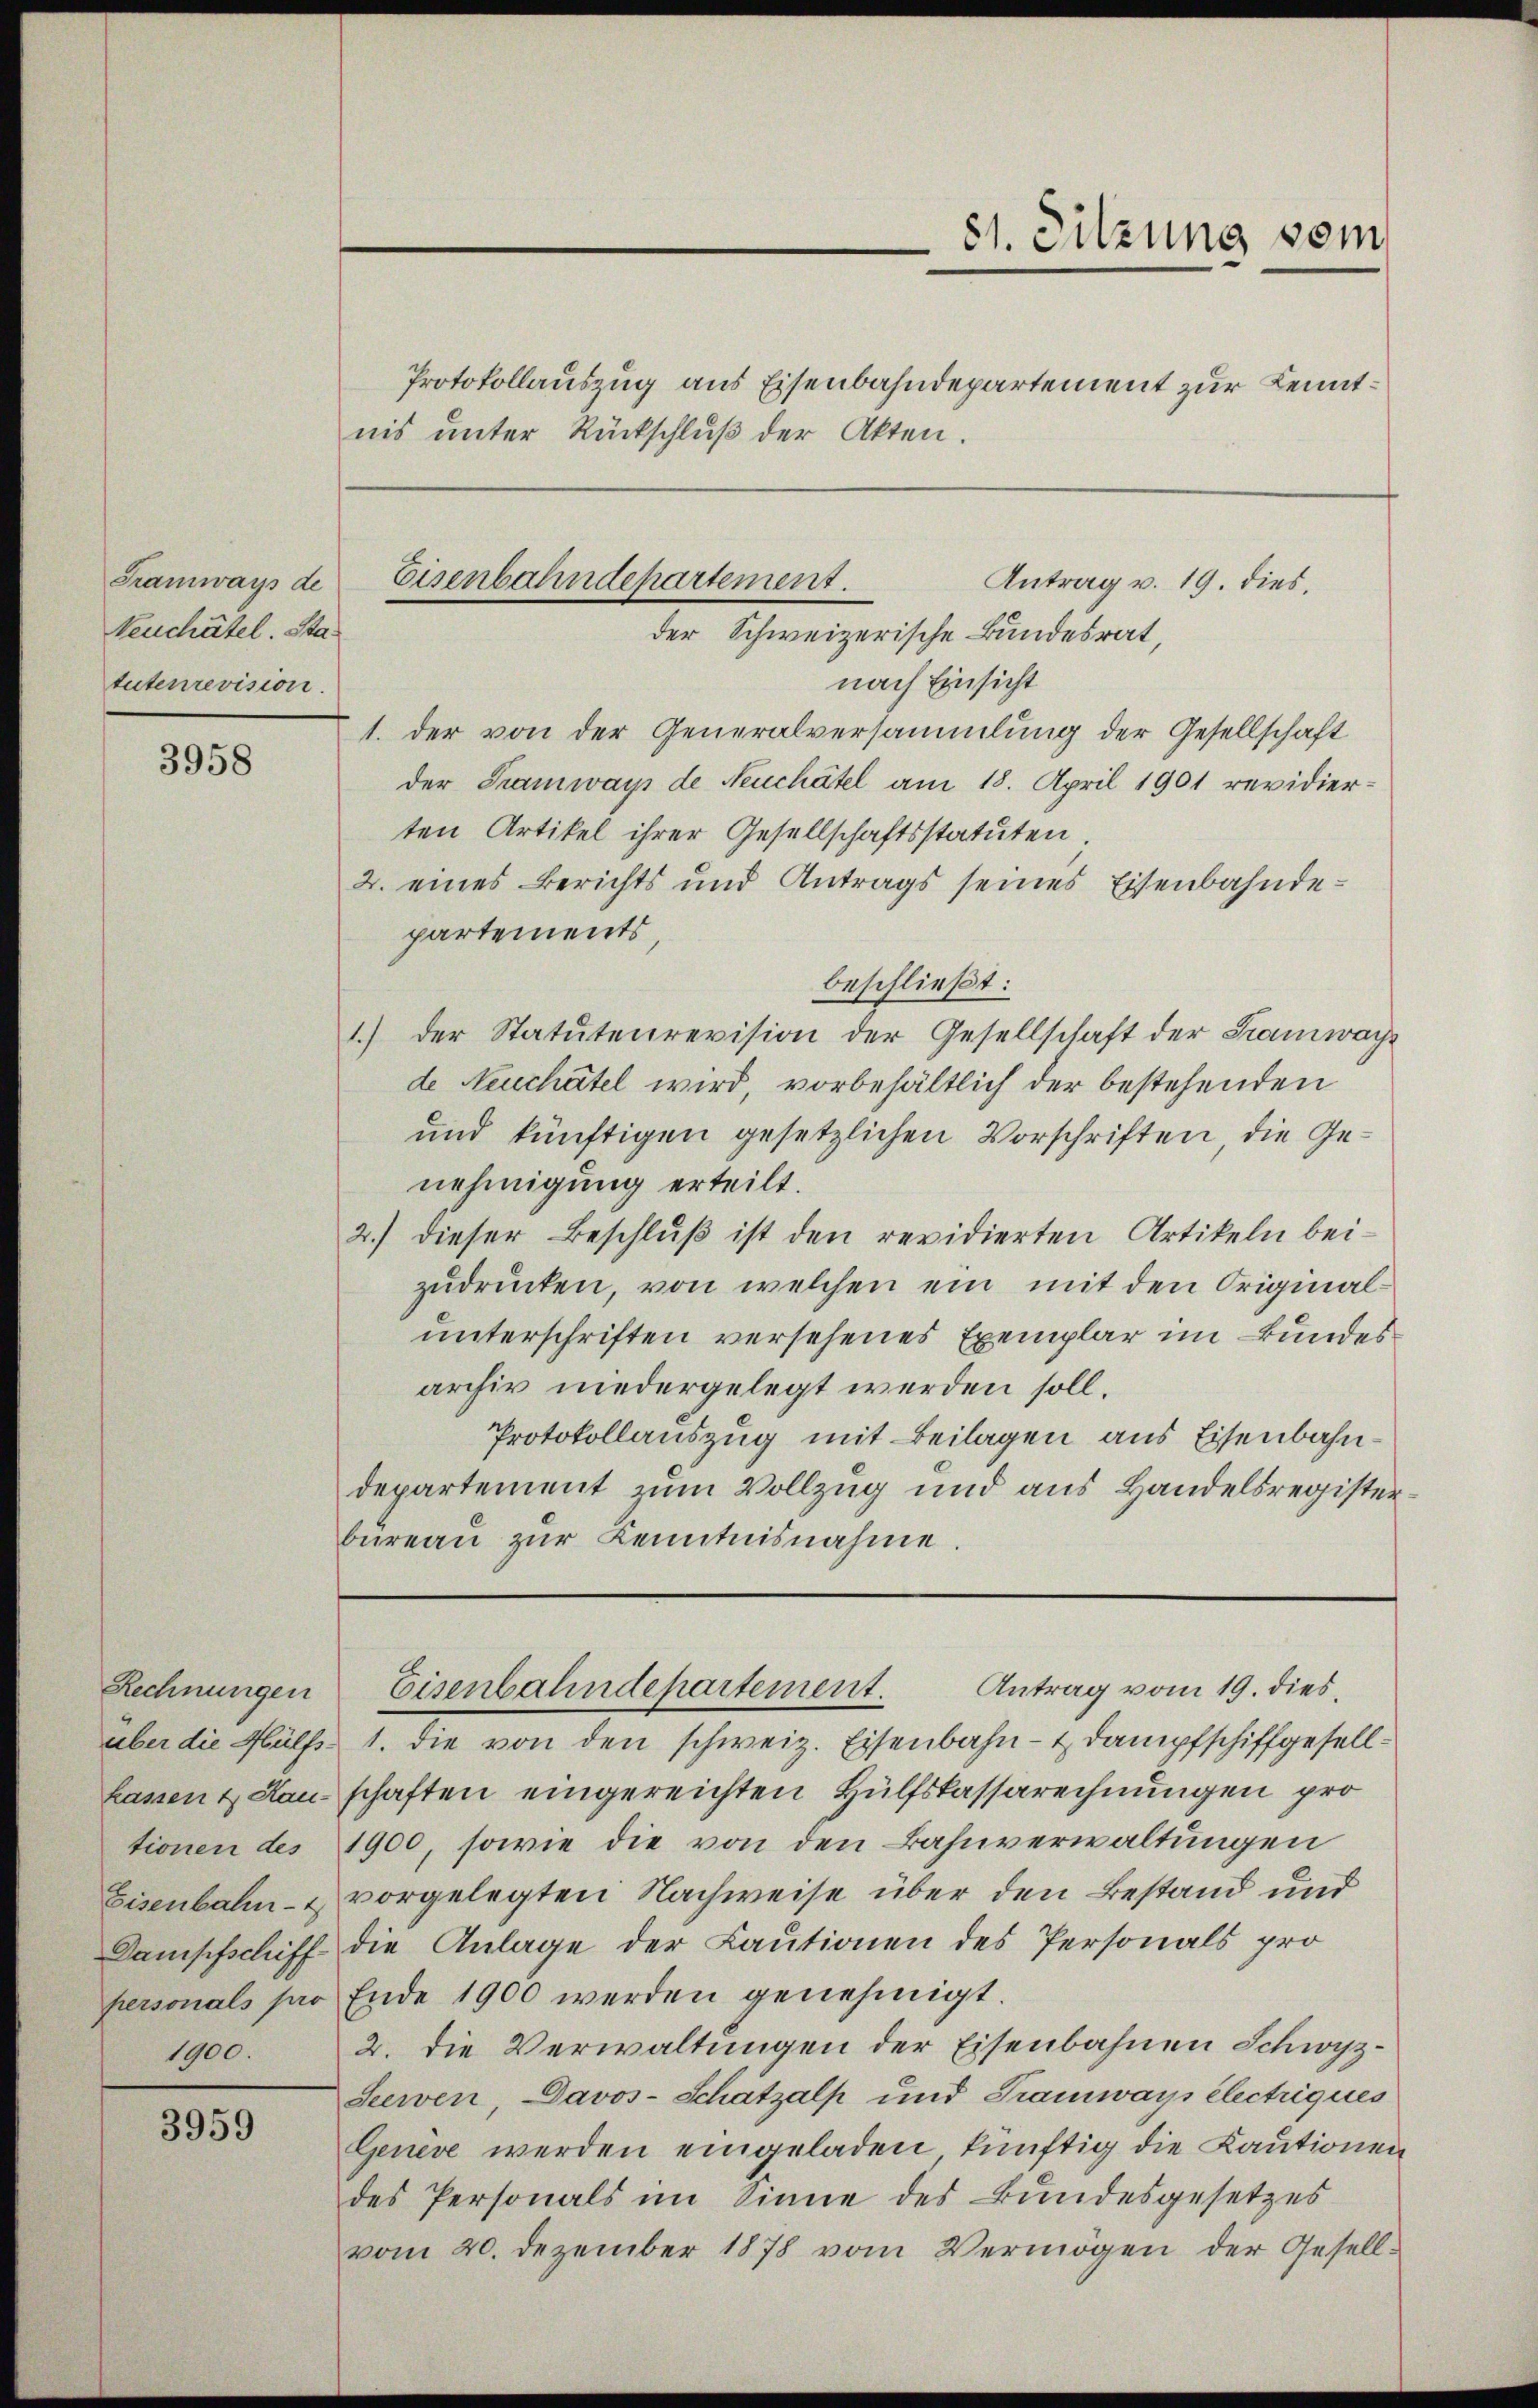
teuchâtel. Statutenrevision.

3958

Rechnungen
kassen 4 Hau
tionen des
Eisenbahn-
Dampfschiff
personals pro
1900.

3959

Protokollauszug aus Eisenbahndepartement zur Kenntnis unter Rückschlŭβ der Akten.

nach Einsicht
1. der von der Generalversammlung der Gesellschaft
der Tramways de Neuchâtel am 18. April 1901 revidierten Artikel ihrer Gesellschaftsstatuten
2. eines Berichts und Antrags seines Eisenbahndepartements,
beschließt:
1.) Der Statutenrevision der Gesellschaft der Kramwage
de Neuchâtel wird vorbehältlich der bestehenden
und künftigen gesetzlichen Vorschriften die Genehmigung erteilt.
2.) dieser Beschlŭβ ist den revidierten Artikeln bei-
zudrücken, von welchen ein mit den Originalunterschriften versehenes Exemplar im Bundes
archiv niedergelegt werden soll.
Protokollauszug mit Beilagen aus Eisenbahndepartement zum Vollzug und aus Handelsregisterbüreaŭ zŭr Kenntnisnahme.

81. Sitzung vom

Tramways de Eisenbahndepartement.
Antrag v. 19. dies
der Schweizerische Bundesrat,

über die Hülfs- 1. die von den schweiz. Eisenbahn- & Dampfschiffgesellschaften eingereichten Hülfskassarechnungen pro
1900, sowie die von den Bahnverwaltungen
vorgelegten Nachweise über den Bestand und
die Anlage der Lautionen des Personals pro
Ende 1900 werden genehmigt.
2. Die Verwaltungen der Eisenbahnen Schwyz¬
Seeren, Davos- Schatzalp und Tramways électriques
Geneve werden eingeladen künftig die Kautionen
des Personals im Sinne des Bundesgesetzes
vom 20. Dezember 1878 vom Vermögen der Gesell-

Antrag vom 19. dies
Eisenbahndepartement.